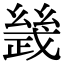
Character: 𢨂